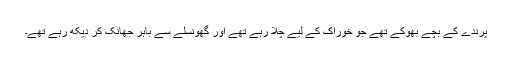
پرندے کے بچے بھوکے تھے جو خوراک کے لیے چلا رہے تھے اور گھونسلے سے باہر جھانک کر دیکھ رہے تھے۔